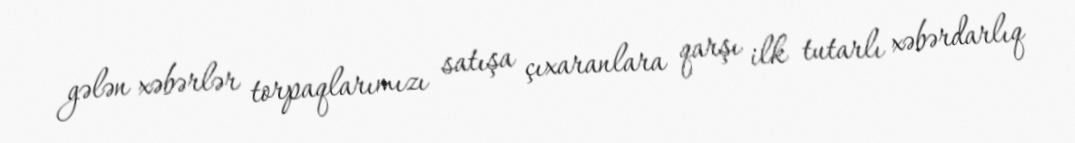
gələn xəbərlər torpaqlarımızı satışa çıxaranlara qarşı ilk tutarlı xəbərdarlıq